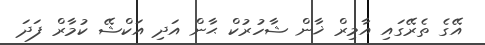
އޭގެ ތެރޭގައި އާމިރް ޚާން ޝާހުރުކް ޙާން އަދި އަކްޝޭ ކުމާރް ފަދަ